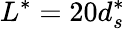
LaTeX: L^{*}=20d_{s}^{*}